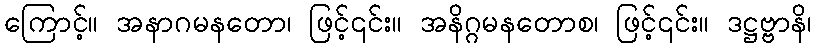
ကြောင့်။ အနာဂမနတော၊ ဖြင့်၎င်း။ အနိဂ္ဂမနတောစ၊ ဖြင့်၎င်း။ ဒဋ္ဌဗ္ဗာနိ၊